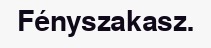
Fényszakasz.